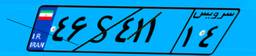
۹۵S۵۴۳۶۸